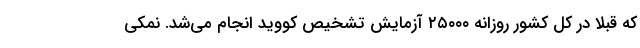
که قبلاً در کل کشور روزانه ۲۵۰۰۰ آزمایش تشخیص کووید انجام می‌شد. نمکی